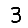
Digit: 3